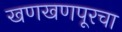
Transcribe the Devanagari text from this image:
खणखणपूरचा